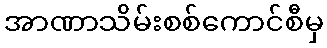
အာဏာသိမ်းစစ်ကောင်စီမှ